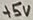
Text: +5V